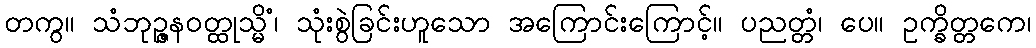
တကွ။ သံဘုဉ္ဇနဝတ္ထုသ္မိံ၊ သုံးစွဲခြင်းဟူသော အကြောင်းကြောင့်။ ပညတ္တံ၊ ပေ။ ဥက္ခိတ္တကေ၊